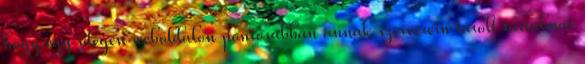
hogy egy idegen weboldalon pontosabban annak szerverein tárolt tartalmat